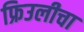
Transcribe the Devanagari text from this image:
फ्रिउलीचा